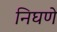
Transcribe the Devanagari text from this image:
निघणे